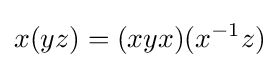
x(yz)=(xyx)(x^{-1}z)